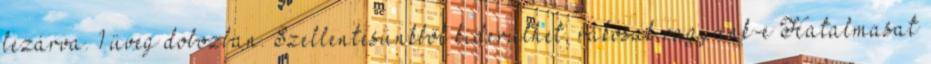
lezárva. 1 üveg dobozban. Szellentésünkből kiderülhet, rákosak vagyunk-e Hatalmasat